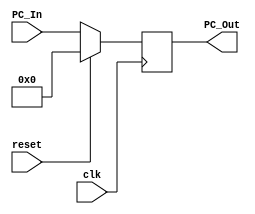
module Program_Counter
(
        input clk, reset, 
        input [63:0] PC_In,
        output reg [63:0] PC_Out
);

always @ (posedge clk)
begin
  //PC_Out <= PC_In;
  if (reset)
    PC_Out = 0;
  else
    PC_Out = PC_In;
end
/*
initial 
PC_Out = 64'b0010;*/

endmodule